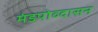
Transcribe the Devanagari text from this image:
मंडपोव्दासन